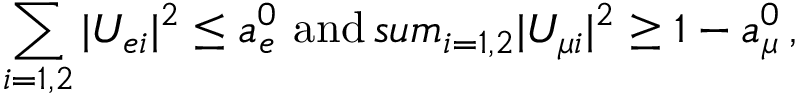
\sum _ { i = 1 , 2 } | U _ { e i } | ^ { 2 } \leq a _ { e } ^ { 0 } \ \mathrm { a n d } \, s u m _ { i = 1 , 2 } | U _ { { \mu } i } | ^ { 2 } \geq 1 - a _ { \mu } ^ { 0 } \, ,